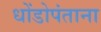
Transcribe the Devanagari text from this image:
धोंडोपंताना